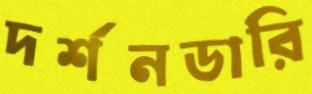
দর্শনডারি